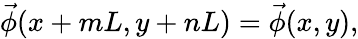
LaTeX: \vec{\phi}(x+mL,y+nL)=\vec{\phi}(x,y),